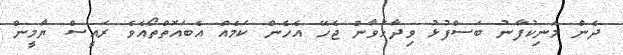
ދެން މަނިކުފާނު ބަސްފުޅު ވިދާޅުވާން ޖެހޭ އެހެން ކަމެއް އެބައޮތްތޯއެވެ ރައީސް ޔާމީން